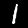
Label: 1